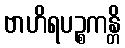
ဗာဟိရပဉ္စကန္တိ